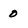
Character: o